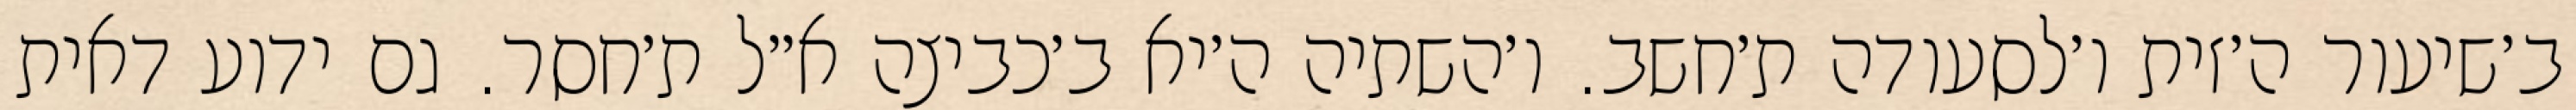
ב׳שיעור ה׳זית ו׳לסעודה ת׳חשב. ו׳השתיה ה׳יא ב׳כביצה א״ל ת׳חסר. גם ידוע דאית